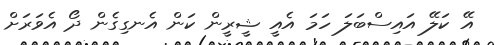
އޭ ކަލޭ އައިސްބަލަ ހަމަ އެއީ ޝީރީން ކަން އެނގިގެން ދޯ އެވަރަށް